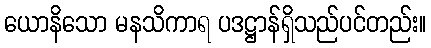
ယောနိသော မနသိကာရ ပဒဋ္ဌာန်ရှိသည်ပင်တည်း။